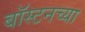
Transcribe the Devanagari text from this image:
बॉस्टनच्या